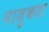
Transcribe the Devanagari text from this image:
नाज़ुकता